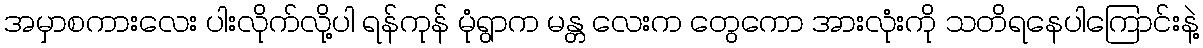
အမှာစကားလေး ပါးလိုက်လို့ပါ ရန်ကုန် မုံရွာက မန္တ လေးက တွေကော အားလုံးကို သတိရနေပါကြောင်းနဲ့